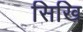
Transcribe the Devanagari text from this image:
सिखि